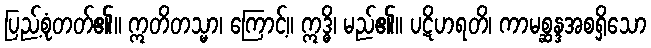
ပြည့်စုံတတ်၏။ ဣတိတသ္မာ၊ ကြောင့်။ ဣဒ္ဓိ၊ မည်၏။ ပဋိဟရတိ၊ ကာမစ္ဆန္ဒအစရှိသော